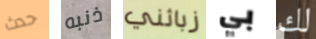
حدث ذنبه زبائني بي لك